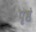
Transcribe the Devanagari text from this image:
पृष्ठं